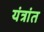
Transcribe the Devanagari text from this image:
यंत्रांत